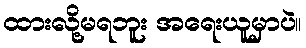
ထားလို့မရဘူး အရေးယူမှာပဲ။